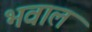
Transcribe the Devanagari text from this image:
भवाल